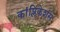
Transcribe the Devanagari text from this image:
कांप्लिकेशंस